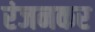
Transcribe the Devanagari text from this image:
रंजनकर